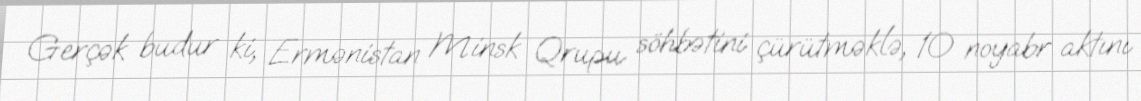
Gerçək budur ki, Ermənistan Minsk Qrupu söhbətini çürütməklə, 10 noyabr aktını